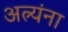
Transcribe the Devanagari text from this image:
अत्र्यंना